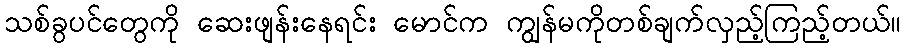
သစ်ခွပင်တွေကို ဆေးဖျန်းနေရင်း မောင်က ကျွန်မကိုတစ်ချက်လှည့်ကြည့်တယ်။